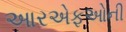
આરએફઓની